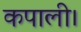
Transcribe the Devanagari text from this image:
कपाली।